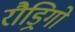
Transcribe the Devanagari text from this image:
रौड्रिगो